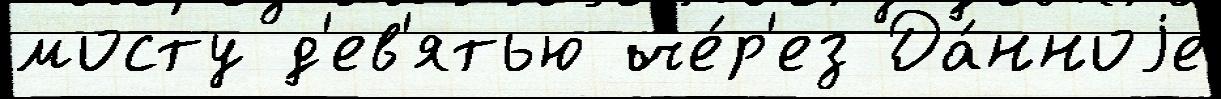
мосту д'ев'ятью че́р'ез Да́нноjе